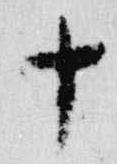
十